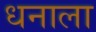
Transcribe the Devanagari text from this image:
धनाला